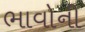
ભાવોની